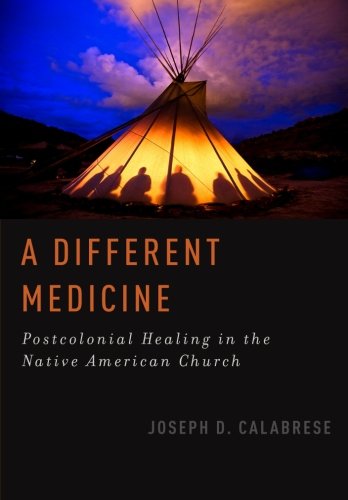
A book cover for A Different Medicine: Postcolonial Healing in the Native American Church (Oxford Ritual Studies); Joseph D. Calabrese; Christian Books & Bibles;